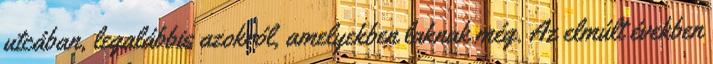
utcában, legalábbis azokról, amelyekben laknak még. Az elmúlt években